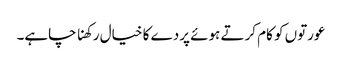
عورتوں کو کام کرتے ہوئے پردے کا خیال رکھنا چاہے۔